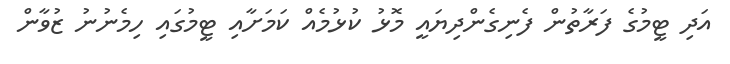
އަދި ޓީމުގެ ފަރާތުން ފެނިގެންދިޔައީ މޮޅު ކުޅުމެއް ކަމަށާއި ޓީމުގައި ހިމެނުނު ޒުވާން